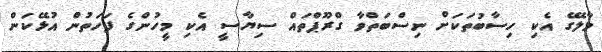
މާލޭގެ އެކި ހިސާބުތަކަށް ނިސްބަތްވާ ގްރޫޕްތައް ސިޔާސީ އެކި މީހުންގެ ފަހަތުން އުޅޭކަން